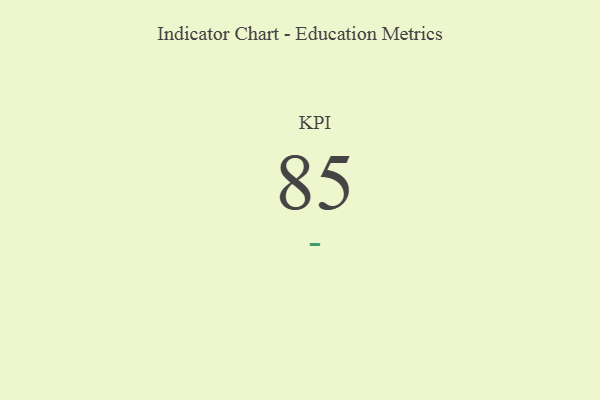
{"axis": {"x": "KPI", "y": "Value"}, "legend": [""], "data": [{"x": "KPI", "y": 85, "type": ""}]}